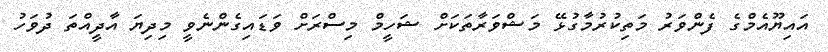
އައިޔޫއެމްގެ ފެންވަރު މަތިކުރުމާގުޅޭ މަޝްވަރާތަކަށް ޝަހީމް މިސްރަށް ވަޑައިގެންނެވީ މިދިޔަ އާދީއްތަ ދުވަހު